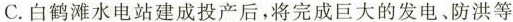
C.白鹤滩水电站建成投产后，将完成巨大的发电、防洪等